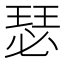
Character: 瑟